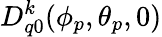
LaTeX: D_{q0}^{k}(\phi_{p},\theta_{p},0)